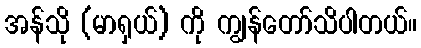
အန်သို (မာရှယ်) ကို ကျွန်တော်သိပါတယ်။